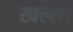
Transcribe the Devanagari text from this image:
खल्ली